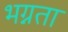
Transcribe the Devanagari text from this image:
भग्नता